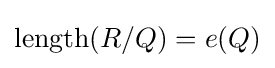
\operatorname {length} (R/Q)=e(Q)